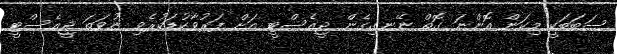
ސަބަބަކީ މިކަން އޮންނަ ގޮތް ނޭނގިގެން ޖީއެސްޓީ އަށް ފަރުވާކުޑަކުރެވި ނުވަތަ ޖީއެސްޓީ